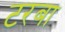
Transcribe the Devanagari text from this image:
टरबा